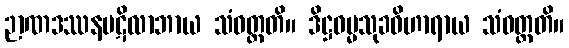
ဉာဏဒဿနပဋိလာဘာယ သံဝတ္တတိ။ ဒိဋ္ဌဓမ္မသုခဝိဟာရာယ သံဝတ္တတိ။